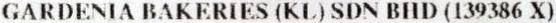
GARDENIA BAKERIES (KL) SDN BHD (139386 X)